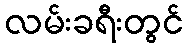
လမ်းခရီးတွင်